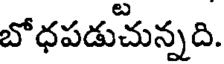
బోధపడుచున్నది.